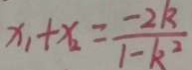
x _ { 1 } + x _ { 2 } = \frac { - 2 k } { 1 - k ^ { 2 } }